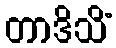
တာဒိသိံ